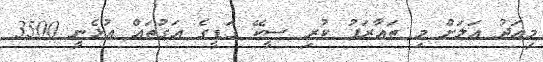
މިއަދު އަލަށް މި ތައާރަފު ކުރި ސީކޭ ގަޑީގެ އަގުތައް އުޅެނީ 3500